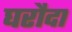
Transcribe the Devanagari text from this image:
घरौदा